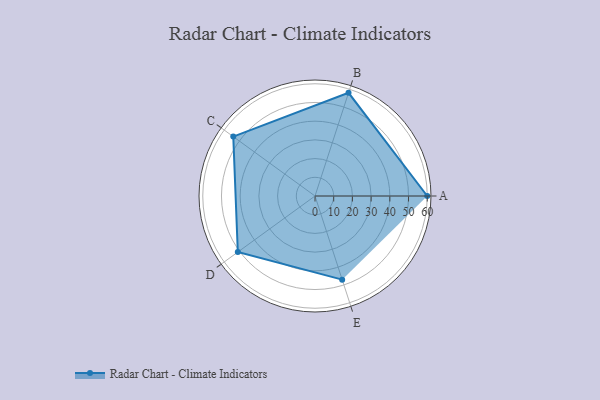
{"axis": {"x": "Skill", "y": "Score"}, "legend": ["Profile"], "data": [{"x": "A", "y": 60.0, "type": "Profile"}, {"x": "B", "y": 58.0, "type": "Profile"}, {"x": "C", "y": 54.0, "type": "Profile"}, {"x": "D", "y": 51.0, "type": "Profile"}, {"x": "E", "y": 47.0, "type": "Profile"}]}